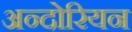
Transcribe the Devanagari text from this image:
अन्दोरियन